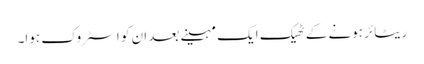
ریٹائر ہونے کے ٹھیک ایک مہینے بعد ان کو اسٹروک ہوا۔